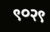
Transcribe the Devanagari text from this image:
९०२९